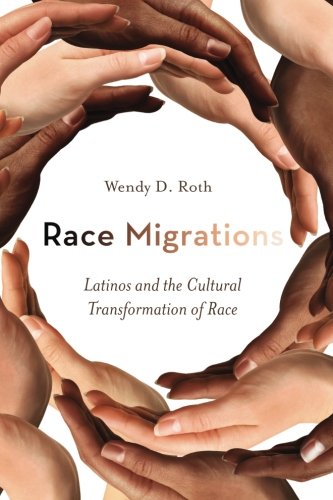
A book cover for Race Migrations: Latinos and the Cultural Transformation of Race; Wendy Roth; Politics & Social Sciences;